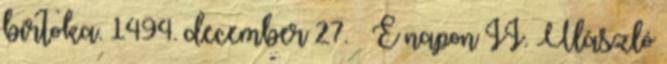
birtoka. 1494. december 27. – E napon II. Ulászló